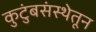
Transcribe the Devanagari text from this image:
कुटुंबसंस्थेतून